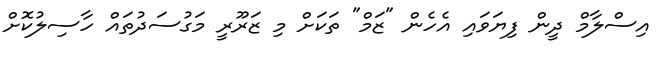
އިސްލާމް ދީން ފިޔަވައި އެހެން "ޒަމް" ތަކަށް މި ޒަރޫރީ މަގުސަދުތައް ހާސިލުކޮށް